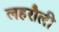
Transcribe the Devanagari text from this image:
लहरौली